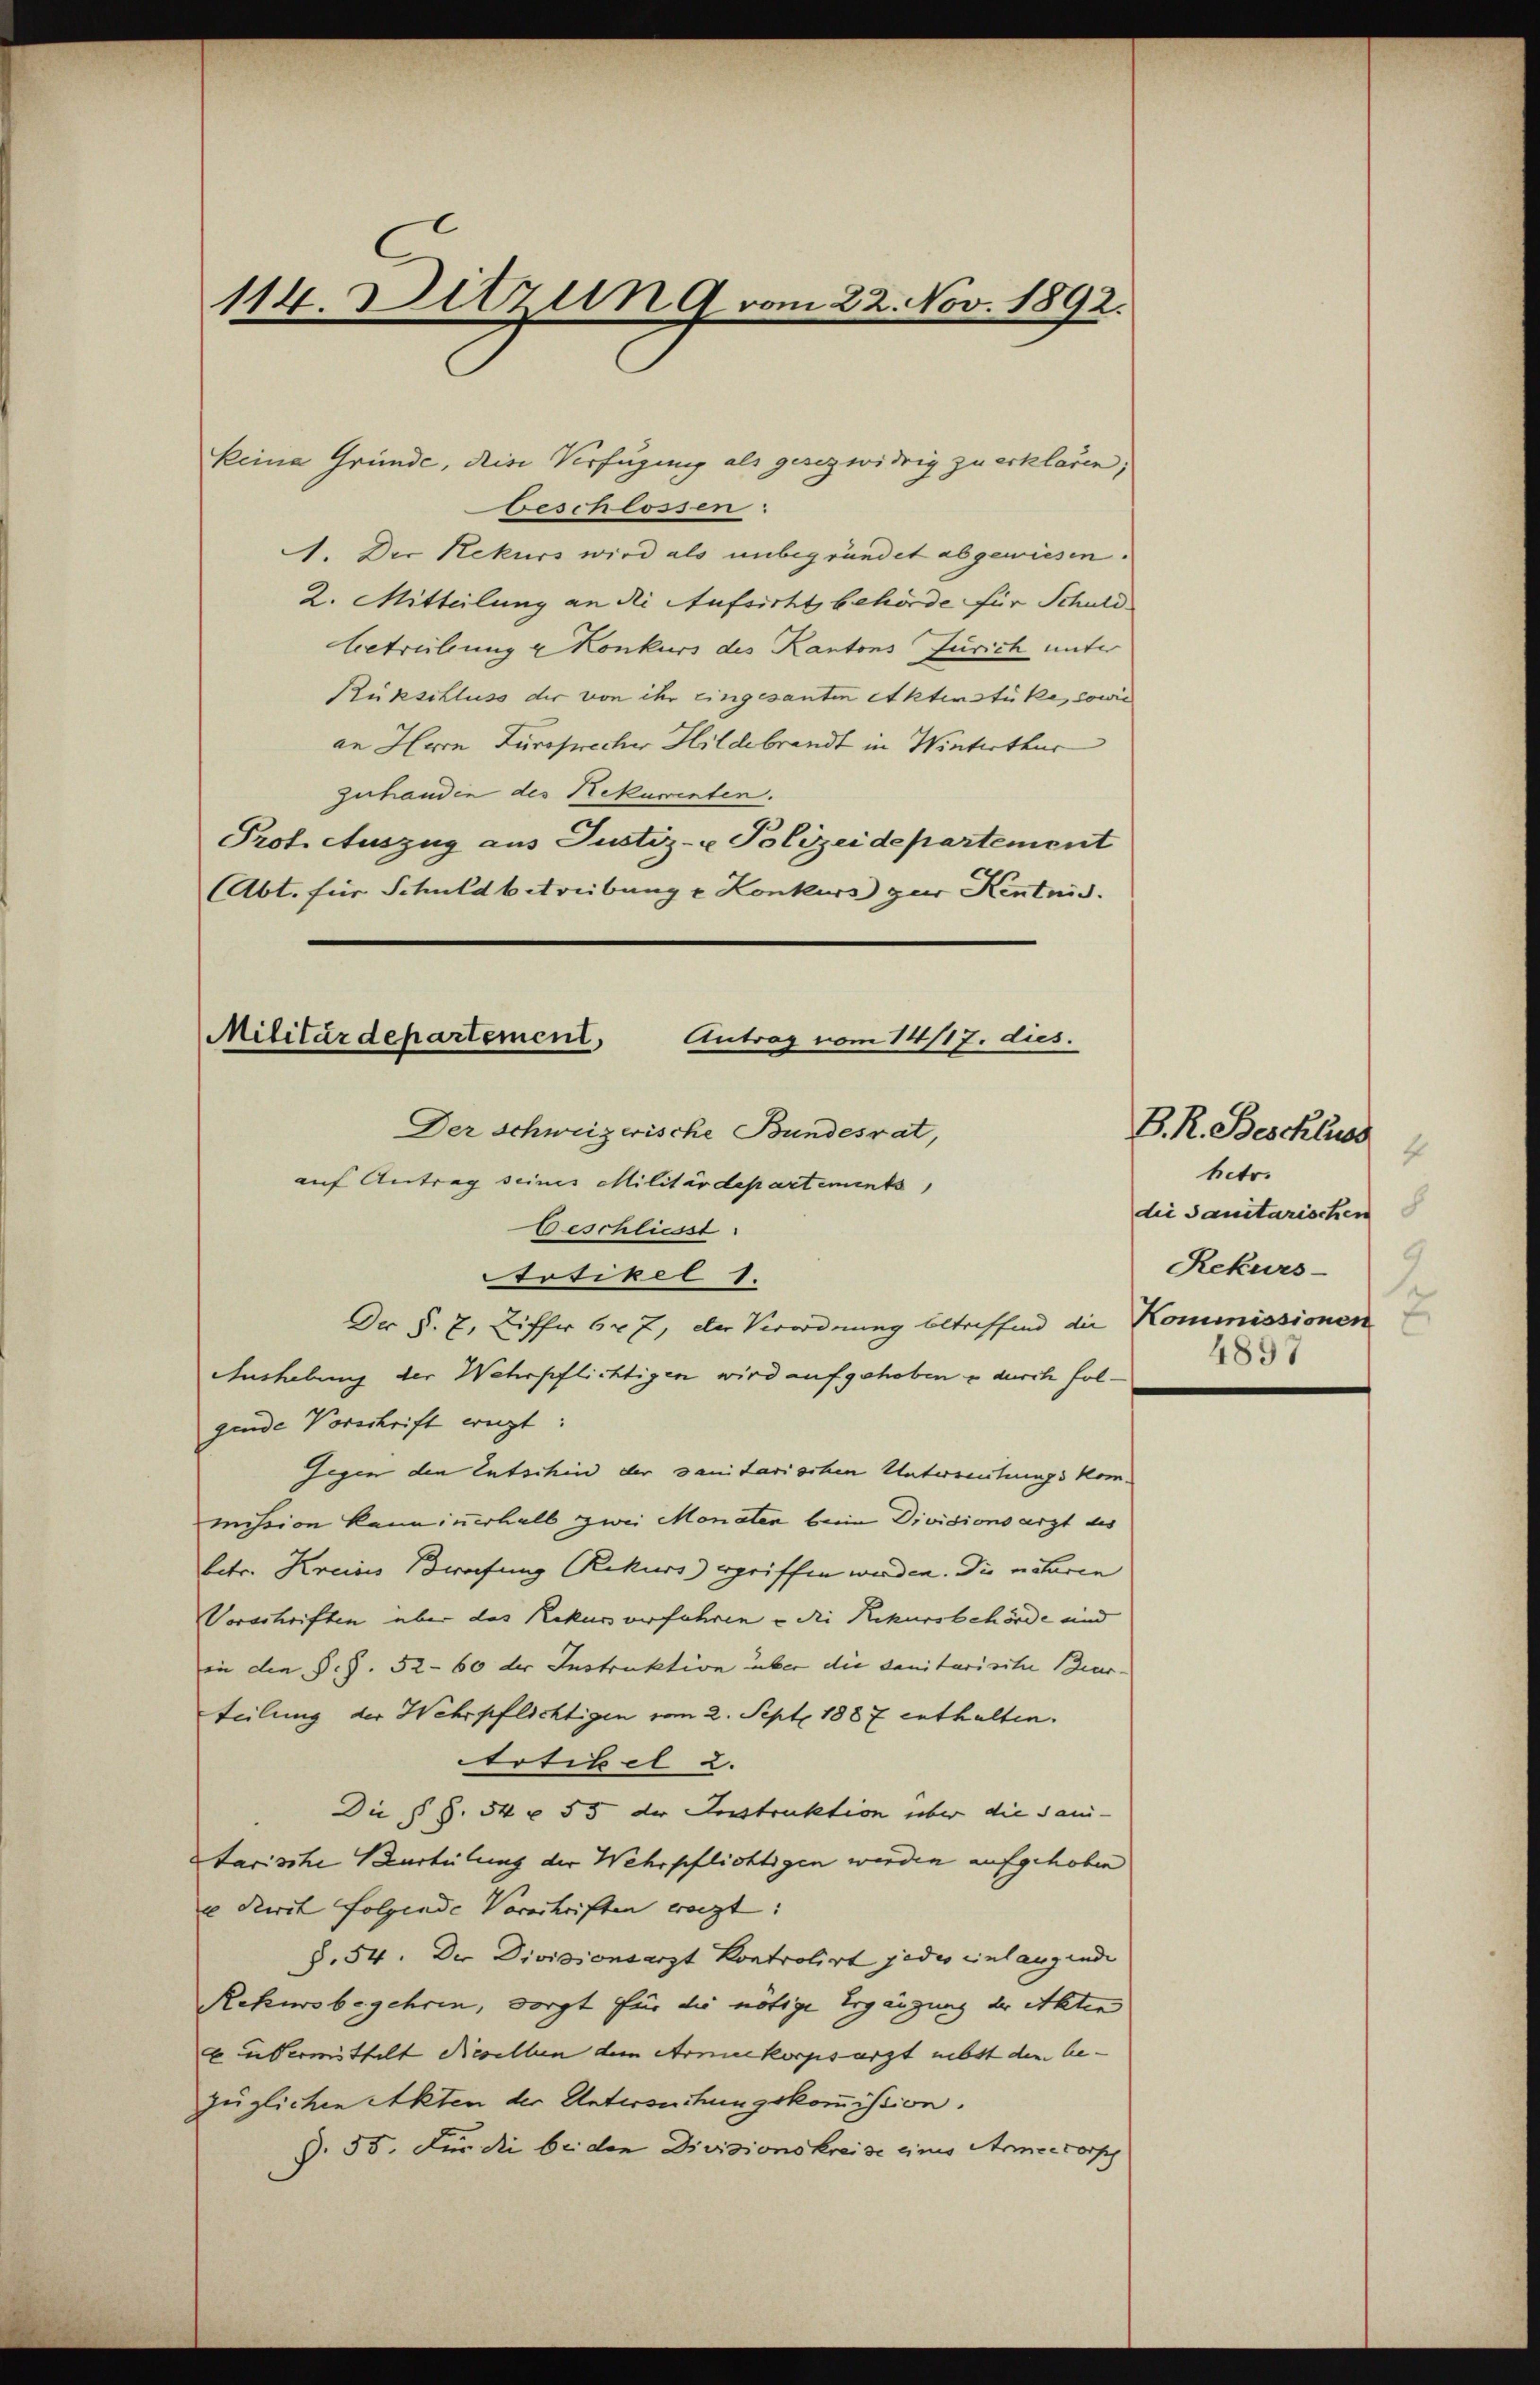
114. Ditzung vom 22. Nov. 1892.

keine Gründe, deine Verfügung als gesezwidrig zu erklären;
beschlossen:
A. Der Rekurs wird als unbegründet abgewiesen.
2. Mitteilung an die Aufsicht behörde für Schuldbetreibung u Konkurs des Kantons Zürich unter
Rükschluss der von ihr eingesanten Aktenstüke, sowie
an Herrn Zurosrecher Hildebrandt in Winterthur
zuhanden des Rekurrenten.
Prot. Auszug aus Justiz- & Polizeidepartement
Abt. für Schuldbetreibung u Konkurs zur Kentnis.
Militärdepartement. Antrag vom 14/17. dies.

Der Schweizerische Bundesrat,
auf Antrag seines Militärdepartements
Beschliest
Artikel 1.
Der §. 7, Ziffer 627, der Verordnung betreffend die Kommissionen
Aushebung der Wehrpflichtigen wird aufgehoben u durch folgende Vorschrift weit:
Gegen den Entschin der sanitarischen Untereitungskommission kann innerhalb zwei Monaten beim Divisionsarzt des
betr. Kreisis Berufung Rekurs gegriffen werden. Die naturen
Vorschriften über das Rekurs verfahren u die Rekursbehörde und
in den §. §. 52-60 der Instruktion über die Sanitarisite Beur-
teilung der Wehrpflichtigen vom 2. Sept. 1887 enthalten.
rtibel u.
Die § §. 54 x 55 der Instruktion über die Sani-
tarische Beurteilung der Wehrpflichtigen werden aufgehoben
e Seit folgende Vorschriften weigt:
8. 54. Der Divisionsarzt kontrolirt jedes Einlangende
Rekursbegehren, sorgt für die nötige Ergängung der Akten
6 übermittelt dieselben dem Armeekorpsarzt nebst den be-
züglichen Akten der Untersuchungskommission.
§. 55. Für die bei den Divisionskreise eines Armeekorph

B. R. Beschluss
4
betr.
die Sanitarischen
Rekurs-
e
4897